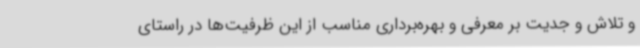
و تلاش و جدیت بر معرفی و بهره‌برداری مناسب از این ظرفیت‌ها در راستای